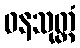
ဓနသုတ္တံ